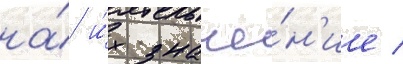
на́ и́х значе́н'ие /